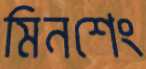
মিনশেং